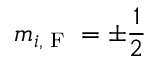
m _ { i , \textrm { F } } = \pm \frac { 1 } { 2 }